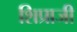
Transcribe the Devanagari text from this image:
शिप्राजी